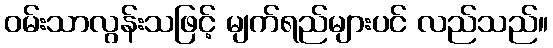
ဝမ်းသာလွန်းသဖြင့် မျက်ရည်များပင် လည်သည်။